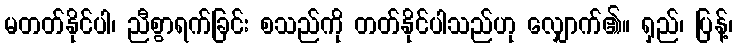
မတတ်နိုင်ပါ၊ ညီစွာရက်ခြင်း စသည်ကို တတ်နိုင်ပါသည်ဟု လျှောက်၏။ ရှည်၊ ပြန့်၊